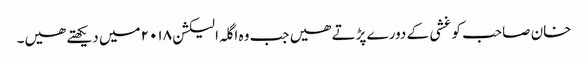
خان صاحب کو غشی کے دورے پڑتے ھیں جب وہ اگلہ الیکشن ۲۰۱۸ میں دیکھتے ھیں۔